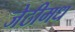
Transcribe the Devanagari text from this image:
जेठीमध